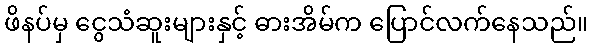
ဖိနပ်မှ ငွေသံဆူးများနှင့် ဓားအိမ်က ပြောင်လက်နေသည်။